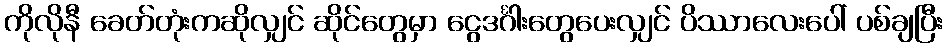
ကိုလိုနီ ခေတ်တုံးကဆိုလျှင် ဆိုင်တွေမှာ ငွေဒင်္ဂါးတွေပေးလျှင် ပိဿာလေးပေါ် ပစ်ချပြီး